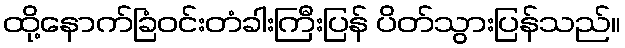
ထို့နောက်ခြံဝင်းတံခါးကြီးပြန် ပိတ်သွားပြန်သည်။